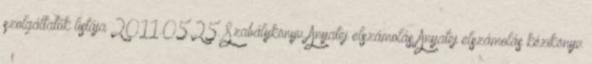
szolgáltatók listája 2011.05.25. Szabálykönyv Anyatej elszámolás Anyatej elszámolás kézikönyv